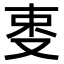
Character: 𠭄